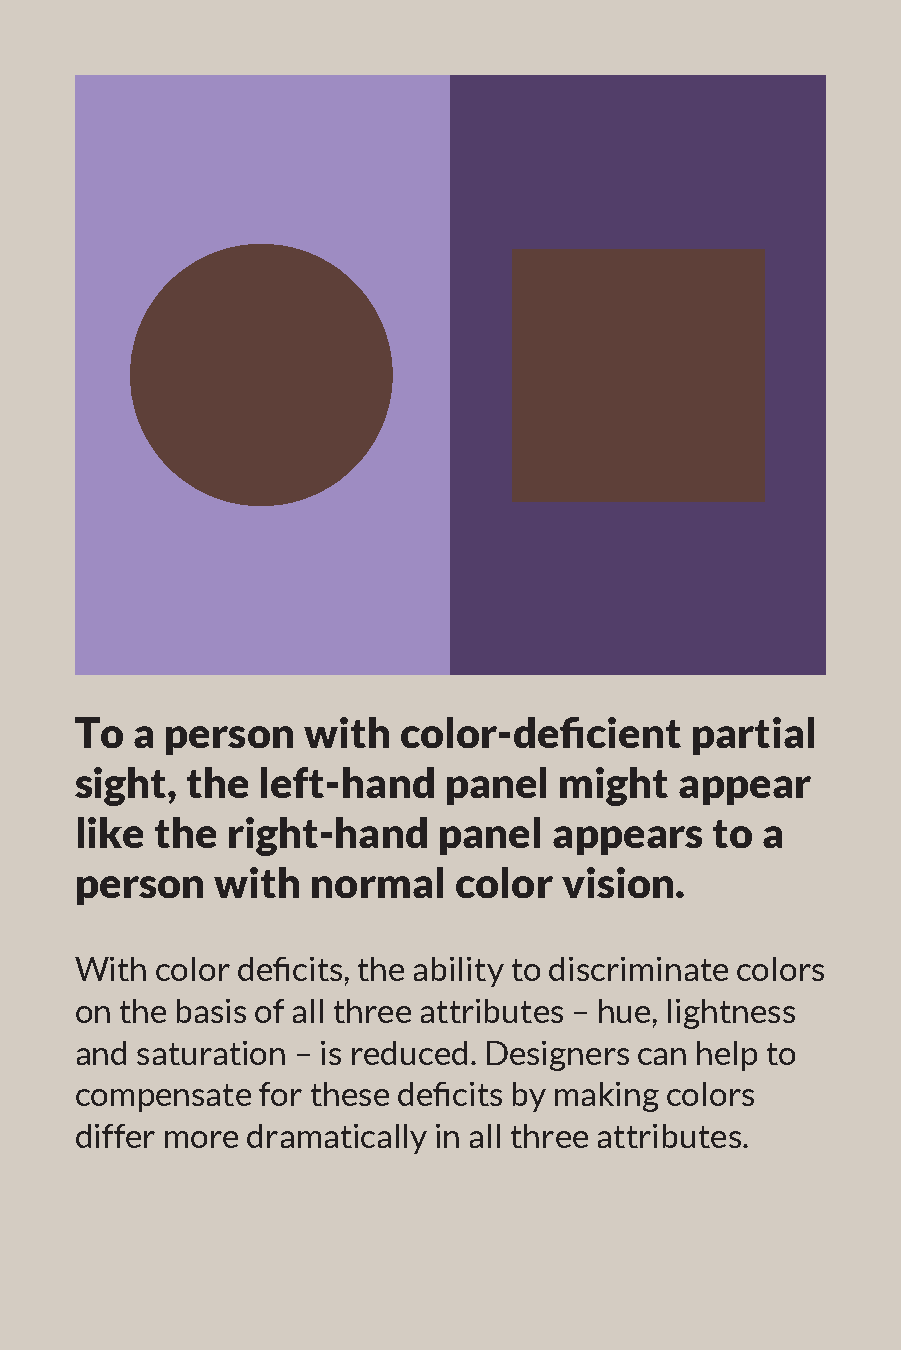
To  a person   with  color-deficient     partial
 sight, the  left-hand   panel   might   appear
 like the  right-hand    panel   appears   to a
 person   with   normal   color  vision.
 With color deficits, the ability to discriminate colors
 on the basis of all three attributes – hue, lightness
 and saturation – is reduced. Designers can help to
 compensate  for these deficits by making colors
 differ more dramatically in all three attributes.